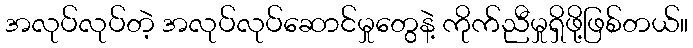
အလုပ်လုပ်တဲ့ အလုပ်လုပ်ဆောင်မှုတွေနဲ့ ကိုက်ညီမှုရှိဖို့ဖြစ်တယ်။